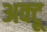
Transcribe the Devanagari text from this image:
अक्टू